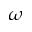
\omega